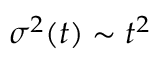
\sigma ^ { 2 } ( t ) \sim t ^ { 2 }